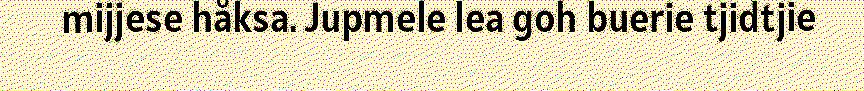
mijjese håksa. Jupmele lea goh buerie tjidtjie